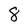
Character: 8